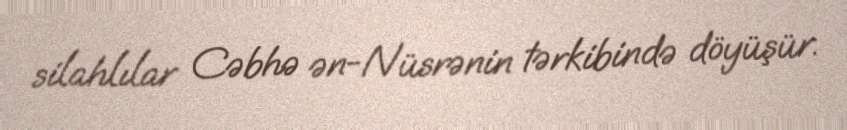
silahlılar Cəbhə ən-Nüsrənin tərkibində döyüşür.